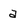
Character: a